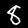
Digit: 8